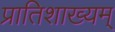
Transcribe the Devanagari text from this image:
प्रातिशाख्यम्